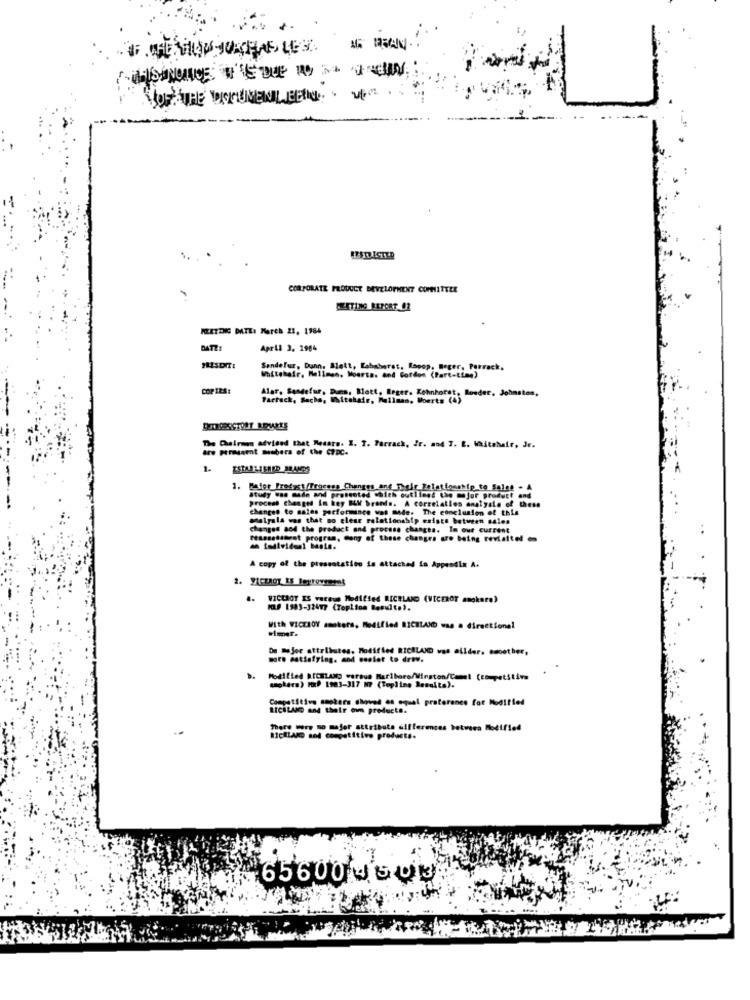
NOT THE BITUMENIL CELL . VI
CORPORATE PRODUCT DEVELOPMENT COMMITTEE
CZETING REPORT 02
KLETDIG DATE: March 21, 1984
DATZ:
April 3. 2984
Sandefur, Dann, Bett, Kabaherst, Roeop, Beger, Porrack.
r. Mellmen, Moersa. and Fordon (Part-time)
COP 125:
Alar, Sendefur, Dum, Matt, Reger. Kehnhorst, Bouder, Johnston,
Partack, Sachs, Witahair, Pullman. Woerts (4)
The Chairman advised that Wedats. 1. 7. Farrack, Ir. and I. E. Whitehair, Jr.
are persamt members of the CPDC.
1-
1. MAfer Pretest/Process Changes ant_Thei
process changed in key BLV brands. A correlation analysis of these
changes to males pocformance was made. The conclusion of this
antalyala was that no clear relationship exists between sales
changes and the product and procese changes. In our current
reassessment program, Gong of these changes are being revisitel
an individual basis.
A copy of the presentation is attached in Appendix A.
VICEROY IS vareun Modified RICHLAND (VICEROT amokseo)
KLF 1983-32417 (Toplion Besuite).
With WICZROY amokers, Modified RICHLAND was a directional
De mejor attributes. Modified RICHLAND was allder. smoother,
moto satisfying. and master to draw.
smokers) HP 1983-317 MT (Topline Resulta).
Competitive ometers shoved es equal preference for Modified
RICHLAND and their own products.
There were no major attributs differences between Modified
RICHLAND and competitive product ..
656004503